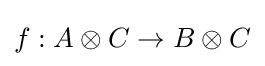
f:A\otimes C\to B\otimes C